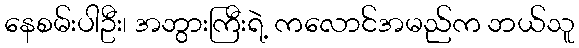
နေစမ်းပါဦး၊ အဘွားကြီးရဲ့ ကလောင်အမည်က ဘယ်သူ